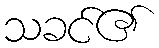
သခင်၏